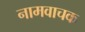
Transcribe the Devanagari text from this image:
नामवाचक